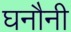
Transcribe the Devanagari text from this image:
घनौनी